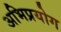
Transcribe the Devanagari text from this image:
अभिप्रयोग